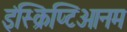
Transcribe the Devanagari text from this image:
इंस्क्रिप्टिओनम